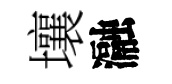
壤瀜